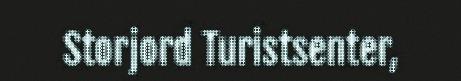
Storjord Turistsenter,